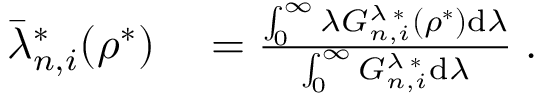
\begin{array} { r l } { \bar { \lambda } _ { n , i } ^ { * } ( \rho ^ { * } ) } & { { } = \frac { \int _ { 0 } ^ { \infty } \lambda G _ { n , i } ^ { \lambda \; * } ( \rho ^ { * } ) \mathrm { d } \lambda } { \int _ { 0 } ^ { \infty } G _ { n , i } ^ { \lambda \; * } \mathrm { d } \lambda } \; . } \end{array}